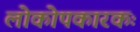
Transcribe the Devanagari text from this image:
लोकोपकारकः